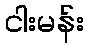
ငါးမန်း